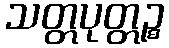
သတ္တပုတ္တဉ္စ